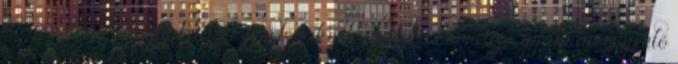
kiegészítő része egy hadseregnek, kiknek pálinkás hordója gyakran egyenlő